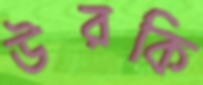
উরকি